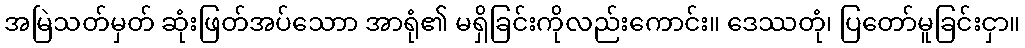
အမြဲသတ်မှတ် ဆုံးဖြတ်အပ်သောာ အာရုံ၏ မရှိခြင်းကိုလည်းကောင်း။ ဒေဿတုံ၊ ပြတော်မူခြင်းငှာ။